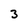
Character: 3